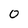
Character: 0